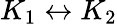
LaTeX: K_{1}\leftrightarrow K_{2}